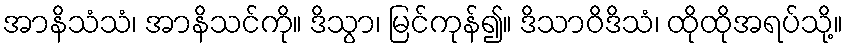
အာနိသံသံ၊ အာနိသင်ကို။ ဒိသွာ၊ မြင်ကုန်၍။ ဒိသာဝိဒိသံ၊ ထိုထိုအရပ်သို့။